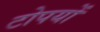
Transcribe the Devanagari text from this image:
टोपयों